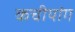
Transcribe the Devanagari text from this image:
कचीयांग